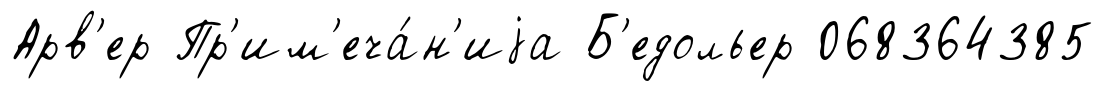
Арв'ер Пр'им'еча́н'иjа Б'едольер 068364385